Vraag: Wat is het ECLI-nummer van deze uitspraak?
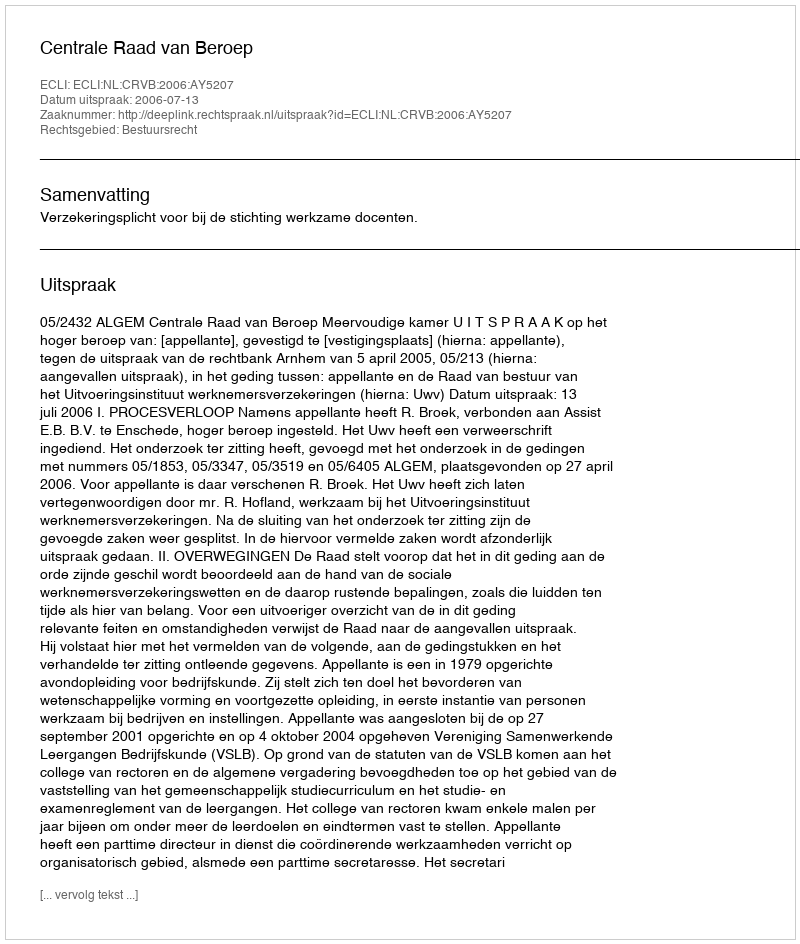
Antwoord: ECLI:NL:CRVB:2006:AY5207